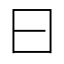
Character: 曰